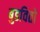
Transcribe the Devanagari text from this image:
बुडवितो